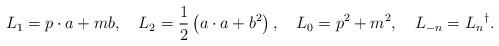
LaTeX: \begin{align*}L_1=p\cdot a + mb ,\quad L_2=\frac 12\left(a\cdot a + b^2\right),\quad L_0=p^2+m^2,\quad L_{-n}=L_n{}^{\dag}.\end{align*}